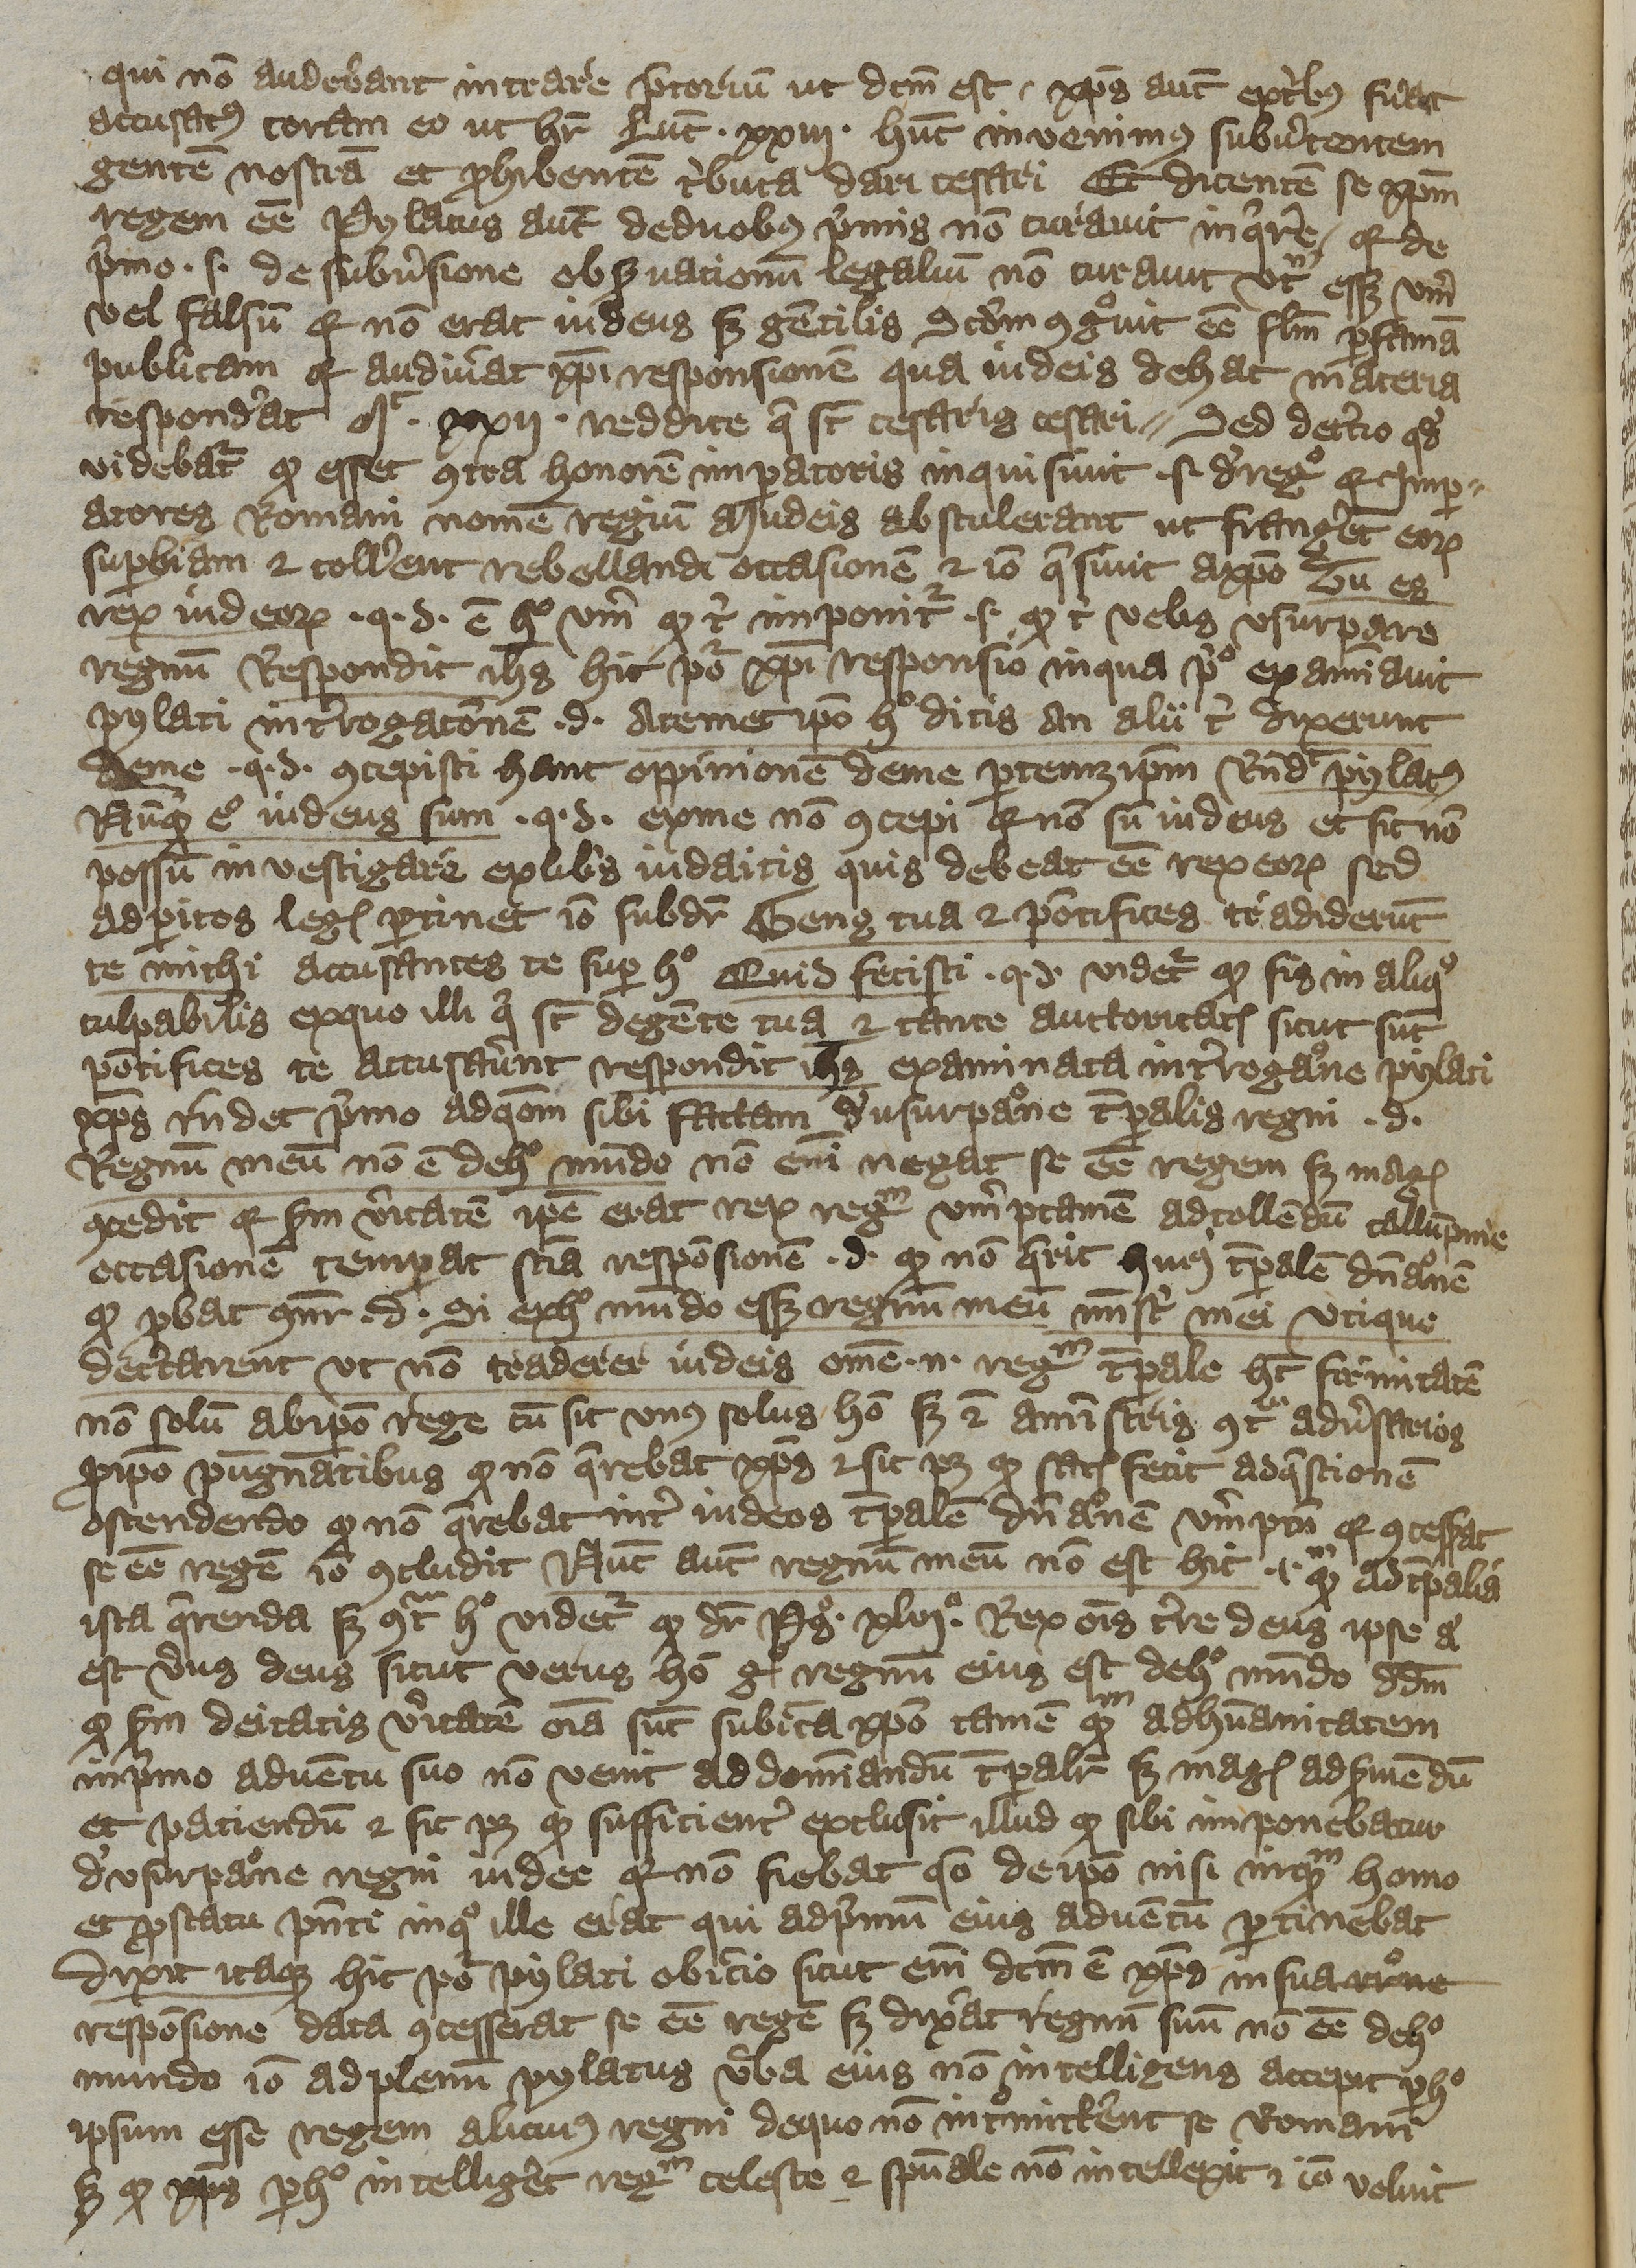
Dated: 1392–1393